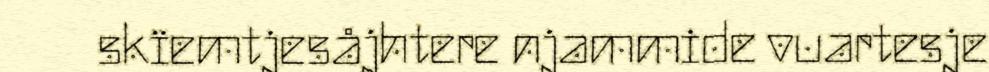
skïemtjesåjhtere njammide vuartesje